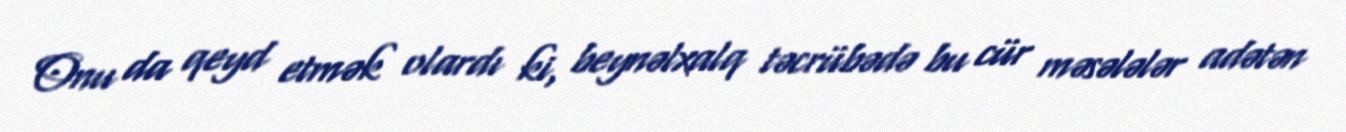
Onu da qeyd etmək olardı ki, beynəlxalq təcrübədə bu cür məsələlər adətən